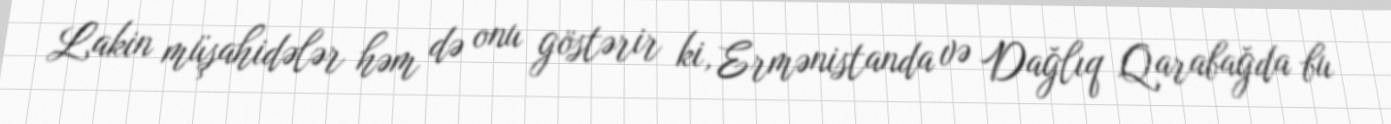
Lakin müşahidələr həm də onu göstərir ki, Ermənistanda və Dağlıq Qarabağda bu